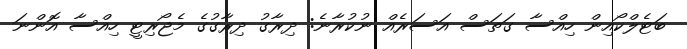
ބަޓެލްކޯއިން ހިއްސާ ގަތަސް އަސަރެއް ނުކުރާނެ: ދިރާގު ދިރާގުގެ މެޖޯރިޓީ ހިއްސާ އޮންނަ